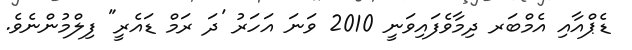
ޑެޕްއާއި އެމްބަރ ދިމާވެފައިވަނީ 2010 ވަނަ އަހަރު 'ދަ ރަމް ޑައެރީ" ފިލްމުންނެވެ.